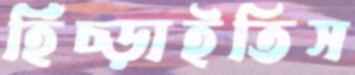
হিঁচ্‌ড়াইতিস